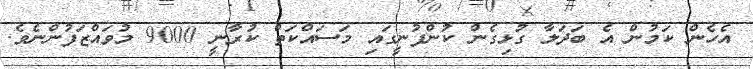
އެހެން ކަމުން އެ ބަދަލާ ގުޅިގެން ކުންފުނީގައި މަސައްކަތް ކުރާނީ 9000 މުވައްޒަފުންނެވެ.